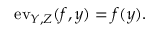
\mathrm { e v } _ { Y , Z } ( f , y ) = f ( y ) .